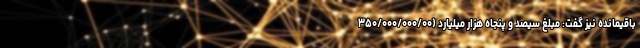
باقیمانده نیز گفت: مبلغ سیصد و پنجاه هزار میلیارد (۳۵۰/۰۰۰/۰۰۰/۰۰